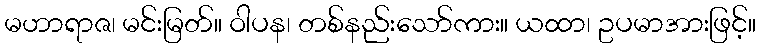
မဟာရာဇ၊ မင်းမြတ်။ ဝါပန၊ တစ်နည်းသော်ကား။ ယထာ၊ ဥပမာအားဖြင့်။